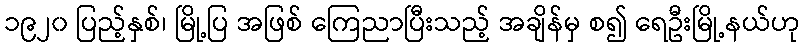
၁၉၂၀ ပြည့်နှစ်၊ မြို့ပြ အဖြစ် ကြေညာပြီးသည့် အချိန်မှ စ၍ ရေဦးမြို့နယ်ဟု